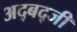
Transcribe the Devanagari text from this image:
अद्बद्जी